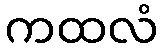
ကထလံ